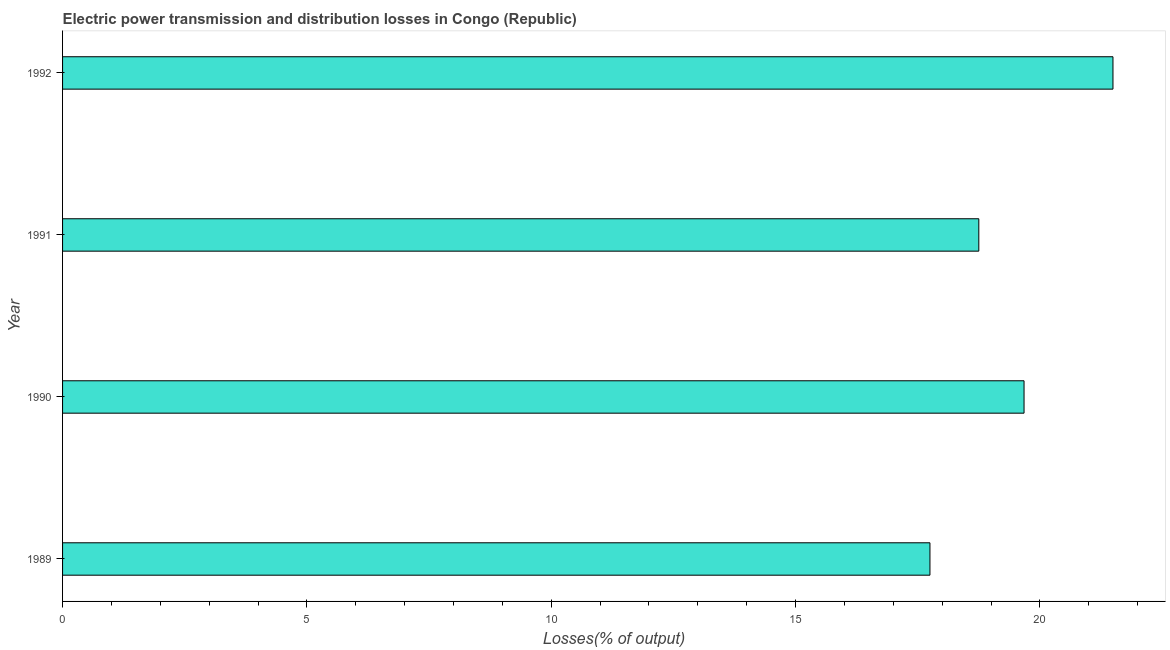
| Year | Electric power transmission and distribution losses |
 | --- | --- |
 | 1989 | 17.8 |
 | 1990 | 19.7 |
 | 1991 | 18.8 |
 | 1992 | 21.5 |